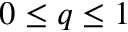
0 \le q \le 1